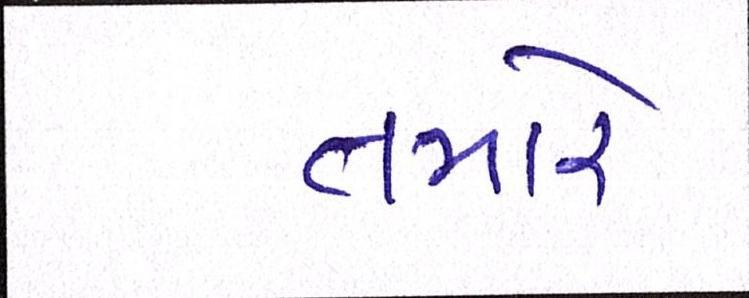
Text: તમારે